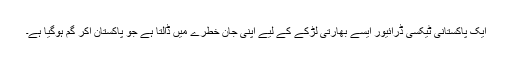
ایک پاکستانی ٹیکسی ڈرائیور ایسے بھارتی لڑکے کے لیے اپنی جان خطرے میں ڈالتا ہے جو پاکستان آکر گم ہوگیا ہے۔